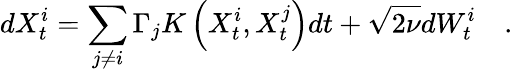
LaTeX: dX_{t}^{i}=\sum_{j\neq i}\Gamma_{j}K\left(X_{t}^{i},X_{t}^{j}\right)dt+\sqrt{2\nu}dW_{t}^{i}\quad.